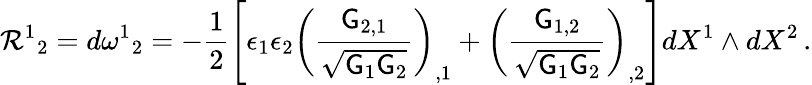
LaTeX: \mathcal{R}^{1}{}_{2}=d\omega^{1}{}_{2}=-\frac{1}{2}\left[\epsilon_{1}\epsilon_{2}\left(\frac{\mathsf{G}_{2,1}}{\sqrt{\mathsf{G}_{1}\mathsf{G}_{2}}}\right)_{,1}+\left(\frac{\mathsf{G}_{1,2}}{\sqrt{\mathsf{G}_{1}\mathsf{G}_{2}}}\right)_{,2}\right]dX^{1}\wedge dX^{2}\, .